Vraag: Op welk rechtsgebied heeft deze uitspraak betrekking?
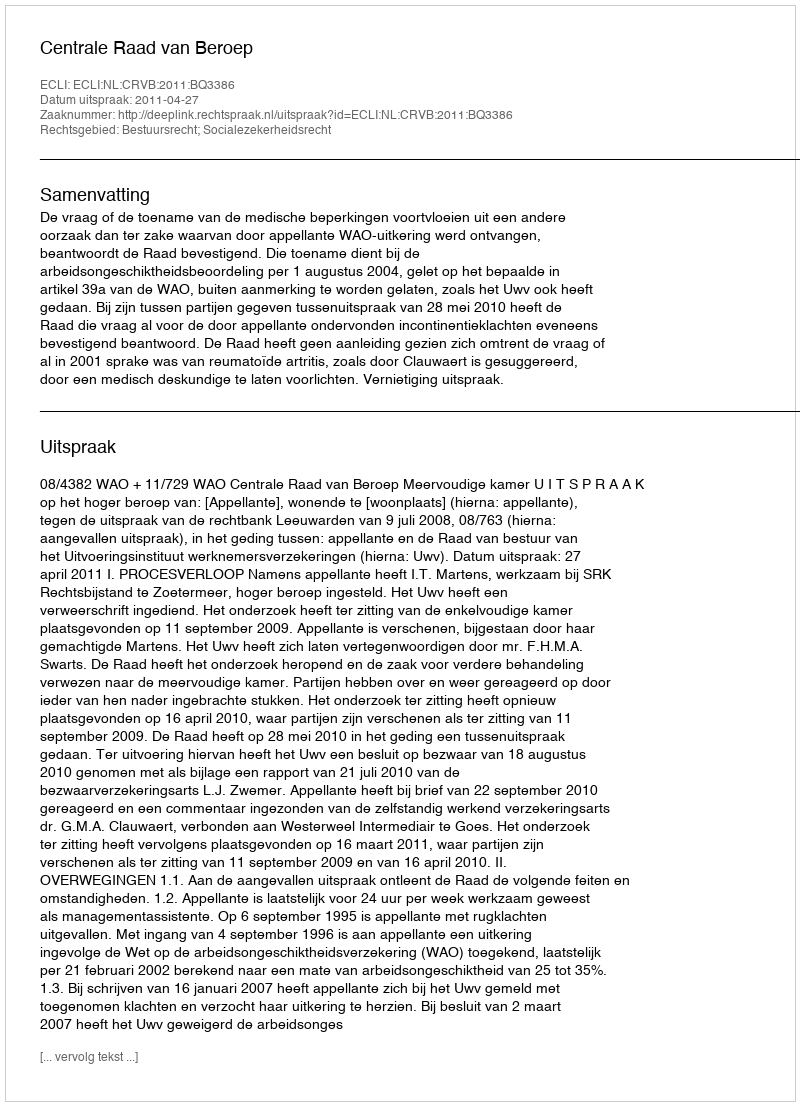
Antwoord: Bestuursrecht; Socialezekerheidsrecht